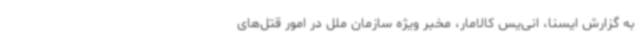
به گزارش ایسنا، انی‌یس کالامار، مخبر ویژه سازمان ملل در امور قتل‌های